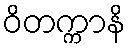
ဝိတက္ကာနိ